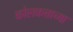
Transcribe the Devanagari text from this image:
कोलकत्ताच्या